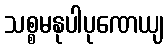
သစ္စမနုပါပုဏေယျ